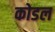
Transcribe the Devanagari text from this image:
कोडल